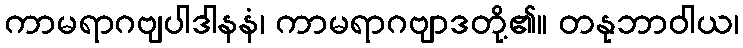
ကာမရာဂဗျပါဒါနနံ၊ ကာမရာဂဗျာဒတို့၏။ တနုဘာဝါယ၊